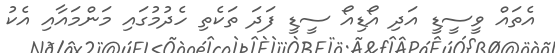
އެތައް ވީސީޑީ އަދި އޯޑިއޯ ސީޑީ ފަދަ ތަކެތި ހެދުމުގައި މަންމައާއި އެކު